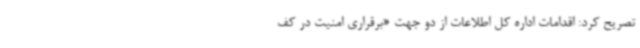
تصریح کرد: اقدامات اداره کل اطلاعات از دو جهت «برقراری امنیت در کف